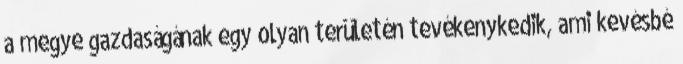
a megye gazdaságának egy olyan területén tevékenykedik, ami kevésbé